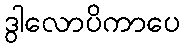
ဒွါလောပိကာပေ